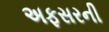
અફસરની